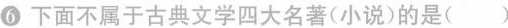
6 下面不属于古典文学四大名著(小说)的是（）